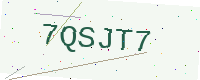
Text: 7QSJT7